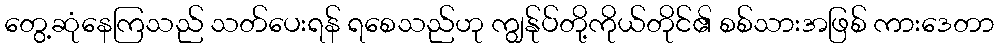
တွေ့ဆုံနေကြသည် သတ်ပေးရန် ရစေသည်ဟု ကျွန်ုပ်တို့ကိုယ်တိုင်၏ စစ်သားအဖြစ် ကားဒေတာ